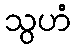
သွဟံ